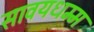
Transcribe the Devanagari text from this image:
सावयधम्म